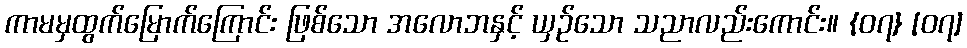
ကာမမှထွက်မြောက်ကြောင်း ဖြစ်သော အလောဘနှင့် ယှဉ်သော သညာလည်းကောင်း။ {၀၇} [၀၇]